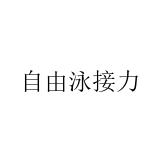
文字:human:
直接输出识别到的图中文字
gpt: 自由泳接力